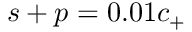
{ s + p = 0 . 0 1 c _ { + } }